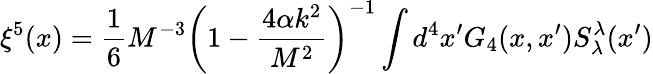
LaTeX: \xi^{5}(x)=\frac{1}{6}M^{-3}\bigg(1-\frac{4\alpha k^{2}}{M^{2}}\bigg)^{-1}\int d^{4}x^{\prime}G_{4}(x,x^{\prime})S_{\lambda}^{\lambda}(x^{\prime})